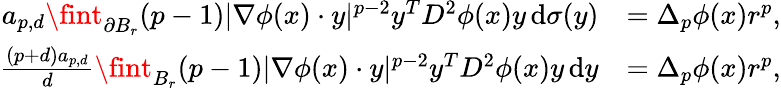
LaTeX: \begin{array}{rl}{a_{p,d}\fint_{\partial B_{r}}(p-1)|\nabla\phi(x)\cdot y|^{p-2}y^{T}D^{2}\phi(x)y\, \mathrm{d}\sigma(y)}&{=\Delta_{p}\phi(x)r^{p},}\\ {\frac{(p+d)a_{p,d}}{d}\fint_{B_{r}}(p-1)|\nabla\phi(x)\cdot y|^{p-2}y^{T}D^{2}\phi(x)y\, \mathrm{d}y}&{=\Delta_{p}\phi(x)r^{p},}\end{array}